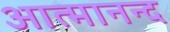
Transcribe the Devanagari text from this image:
आत्‍मानन्द